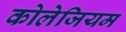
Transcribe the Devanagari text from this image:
कोलेजियम